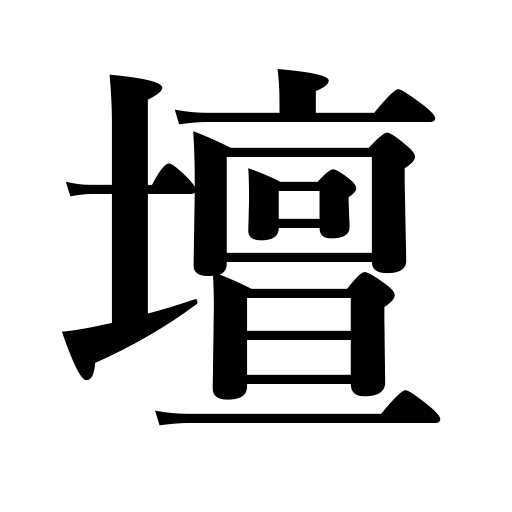
Meanings: stage,altar,rostrum,world of literature,dais,terrace,etc.